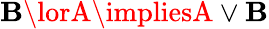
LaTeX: \mathbf{B}\lorA\impliesA\lor\mathbf{B}